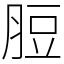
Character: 脰